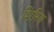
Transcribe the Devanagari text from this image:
शिरिष